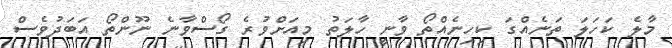
މާލެ ކަހަލަ ތަނެއްގަ ކިހިނެއްތޯ ވާނީ ހާލަތު މިއަށްވުރެ ގޯސްވާނެ ނޫންތޯ އަބަދުވެސް